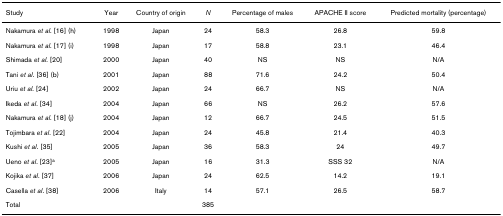
| Study | Year | Country of origin | N | Percentage of males | APACHE II score | Predicted mortality (percentage) |
 | --- | --- | --- | --- | --- | --- | --- |
 | Nakamura et al. [16] (h) | 1998 | Japan | 24 | 58.3 | 26.8 | 59.8 |
 | Nakamura et al. [17] (i) | 1998 | Japan | 17 | 58.8 | 23.1 | 46.4 |
 | Shimada et al. [20] | 2000 | Japan | 40 | NS | NS | N/A |
 | Tani et al. [36] (b) | 2001 | Japan | 88 | 71.6 | 24.2 | 50.4 |
 | Uriu et al. [24] | 2002 | Japan | 24 | 66.7 | NS | N/A |
 | Ikeda et al. [34] | 2004 | Japan | 66 | NS | 26.2 | 57.6 |
 | Nakamura et al. [18] (j) | 2004 | Japan | 12 | 66.7 | 24.5 | 51.5 |
 | Tojimbara et al. [22] | 2004 | Japan | 24 | 45.8 | 21.4 | 40.3 |
 | Kushi et al. [35] | 2005 | Japan | 36 | 58.3 | 24 | 49.7 |
 | Ueno et al. [23]a | 2005 | Japan | 16 | 31.3 | SSS 32 | N/A |
 | Kojika et al. [37] | 2006 | Japan | 24 | 62.5 | 14.2 | 19.1 |
 | Casella et al. [38] | 2006 | Italy | 14 | 57.1 | 26.5 | 58.7 |
 | Total |  |  | 385 |  |  |  |